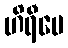
ဟိရီပေ